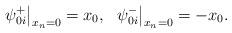
LaTeX: \begin{align*} \psi_{0i}^+\big|_{x_n=0}=x_0,\ \ \psi_{0i}^-\big|_{x_n=0}=-x_0. \end{align*}